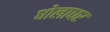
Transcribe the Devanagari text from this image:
धोलाधर